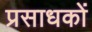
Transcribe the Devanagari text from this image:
प्रसाधकों